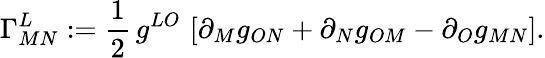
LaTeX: \Gamma_{MN}^{L}:=\frac{1}{2}\, g^{LO}\, \left[\partial_{M}g_{ON}+\partial_{N}g_{OM}-\partial_{O}g_{MN}\right].